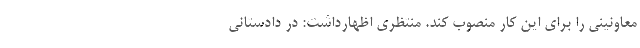
معاونینی را برای این کار منصوب کند. منتظری اظهارداشت: در دادستانی